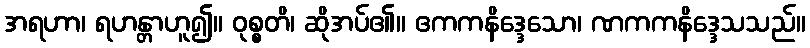
အရဟာ၊ ရဟန္တာဟူ၍။ ဝုစ္စတိ၊ ဆိုအပ်၏။ ဧကကနိဒ္ဒေသော၊ ဏကကနိဒ္ဒေသသည်။